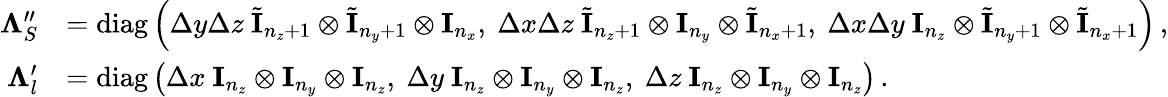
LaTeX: \begin{array}{rl}{\mathbf\Lambda_{S}^{\prime\prime}}&{=\operatorname{diag}\left(\Delta y\Delta z\ \tilde{\mathbf I}_{n_{z}+1}\otimes\tilde{\mathbf I}_{n_{y}+1}\otimes\mathbf I_{n_{x}},\ \Delta x\Delta z\ \tilde{\mathbf I}_{n_{z}+1}\otimes\mathbf I_{n_{y}}\otimes\tilde{\mathbf I}_{n_{x}+1},\ \Delta x\Delta y\ \mathbf I_{n_{z}}\otimes\tilde{\mathbf I}_{n_{y}+1}\otimes\tilde{\mathbf I}_{n_{x}+1}\right)\, ,}\\ {\mathbf\Lambda_{l}^{\prime}}&{=\operatorname{diag}\left(\Delta x\ \mathbf I_{n_{z}}\otimes\mathbf I_{n_{y}}\otimes\mathbf I_{n_{z}},\ \Delta y\ \mathbf I_{n_{z}}\otimes\mathbf I_{n_{y}}\otimes\mathbf I_{n_{z}},\ \Delta z\ \mathbf I_{n_{z}}\otimes\mathbf I_{n_{y}}\otimes\mathbf I_{n_{z}}\right)\, .}\end{array}